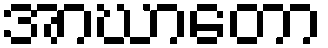
အာဃာတော